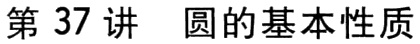
第37讲 圆的基本性质